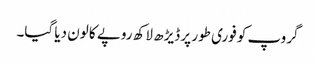
گروپ کو فوری طور پر ڈیڑھ لاکھ روپے کا لون دیا گیا۔